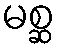
မစ္ဆ